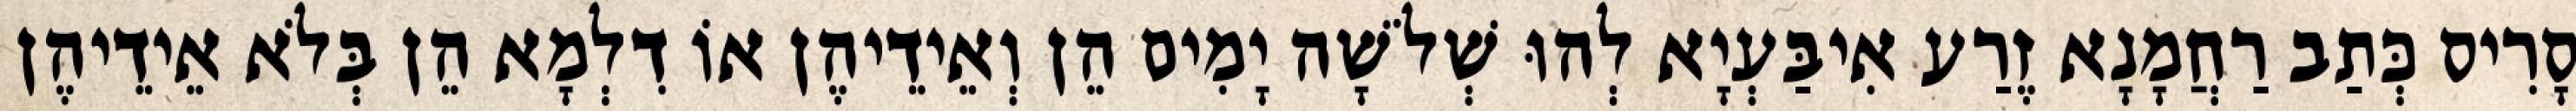
סָרִיס כְּתַב רַחֲמָנָא זֶרַע אִיבַּעְיָא לְהוּ שְׁלֹשָׁה יָמִים הֵן וְאֵידֵיהֶן אוֹ דִלְמָא הֵן בְּלֹא אֵידֵיהֶן